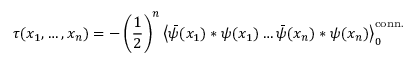
\tau ( x _ { 1 } , \ldots , x _ { n } ) = - \left( \frac { 1 } { 2 } \right) ^ { n } \left< \bar { \psi } ( x _ { 1 } ) * \psi ( x _ { 1 } ) \ldots \bar { \psi } ( x _ { n } ) * \psi ( x _ { n } ) \right> _ { 0 } ^ { \mathrm { c o n n . } }